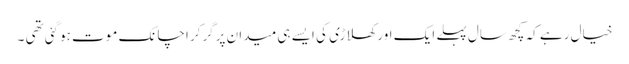
خیال رہے کہ کچھ سال پہلے ایک اور کھلاڑی کی ایسے ہی میدان پرگرکر اچانک موت ہوگئی تھی ۔